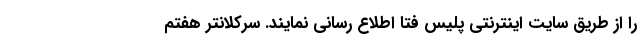
را از طریق سایت اینترنتی پلیس فتا اطلاع رسانی نمایند. سرکلانتر هفتم